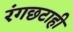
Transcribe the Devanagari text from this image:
रंगछटाही